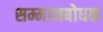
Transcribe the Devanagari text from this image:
सम्मानबोधक